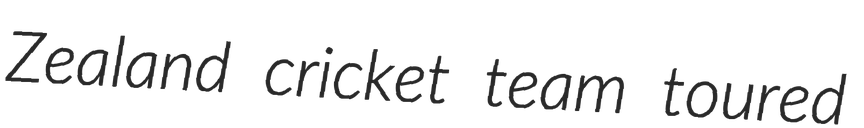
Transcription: Zealand cricket team toured